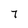
Character: 7